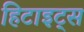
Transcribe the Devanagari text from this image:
हिटाइट्स